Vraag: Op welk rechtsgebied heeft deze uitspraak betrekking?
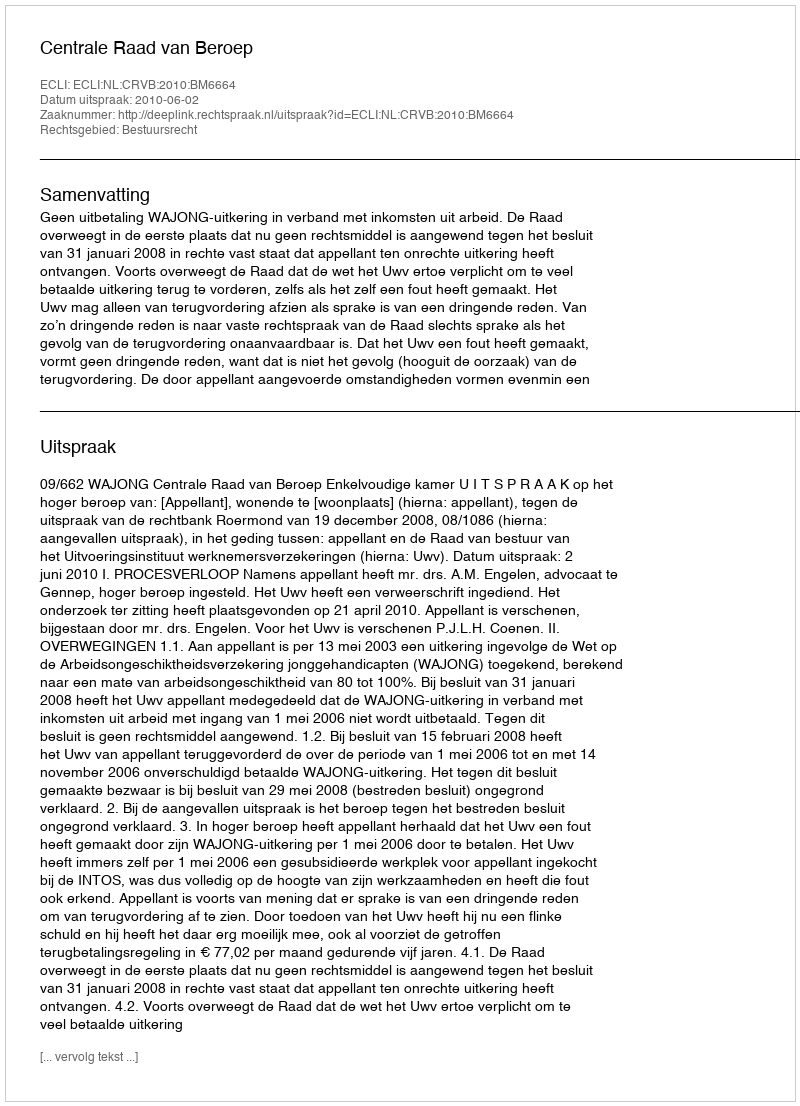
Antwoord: Bestuursrecht